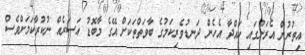
އިތުރުން އެރަށުގައި ހައްދާ އެހެން ދަނޑުވެރިކަމުގެ ބާވަތްތަކަށް އޭގެ މާބޮޑު އަސަރެއް ނުކުރާކަމަށްވެސް